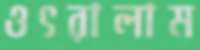
ওৎরালাম